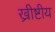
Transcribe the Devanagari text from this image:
ख्रीष्टीय